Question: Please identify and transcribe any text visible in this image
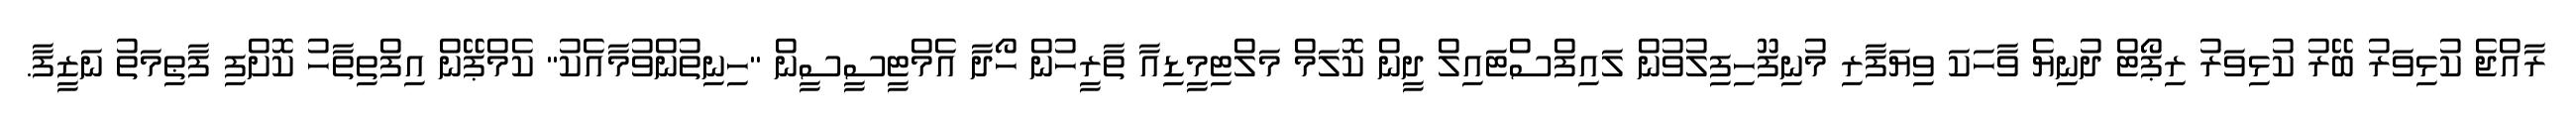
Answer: ރާއްޖެ ކުޅިވަރު ބޭރު ކުޅިވަރު ރިޕޯޓް ދުނިޔެ ވާހަކަ ވިޔަފާރި މުނިފޫހިފިލުވުން ލައިފްސްޓައިލް ދީން ކޮލަމް މަލްޓިމީޑިއާ ތާރީހުން ހޯދާ އެމްޓީސީސީން "ހިނިތުންވުމާއެކު" ކެމްޕޭން އިފްތިތާހު ކޮށްފި ފާޠިމަތު ނަޒީފާ.